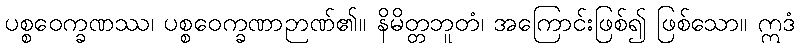
ပစ္စဝေက္ခဏဿ၊ ပစ္စဝေက္ခဏာဉာဏ်၏။ နိမိတ္တဘူတံ၊ အကြောင်းဖြစ်၍ ဖြစ်သော။ ဣဒံ